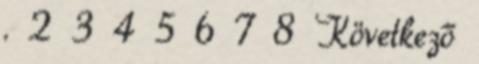
. 2 3 4 5 6 7 8 Következő